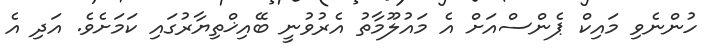
ހުންނެވި މައިކް ޕެންސްއަށް އެ މައުލޫމާތު އެރުވުނީ ބޭއިޚްތިޔާރުގައި ކަމަށެވެ. އަދި އެ